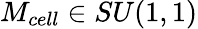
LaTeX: M_{cell}\in SU(1,1)